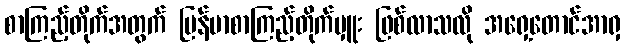
စာကြည့်တိုက်အတွက် မြန်မာစာကြည့်တိုက်မှူး ဖြစ်လာသလို အရှေ့တောင်အာရှ